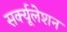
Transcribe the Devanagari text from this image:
सर्क्यूलेशन